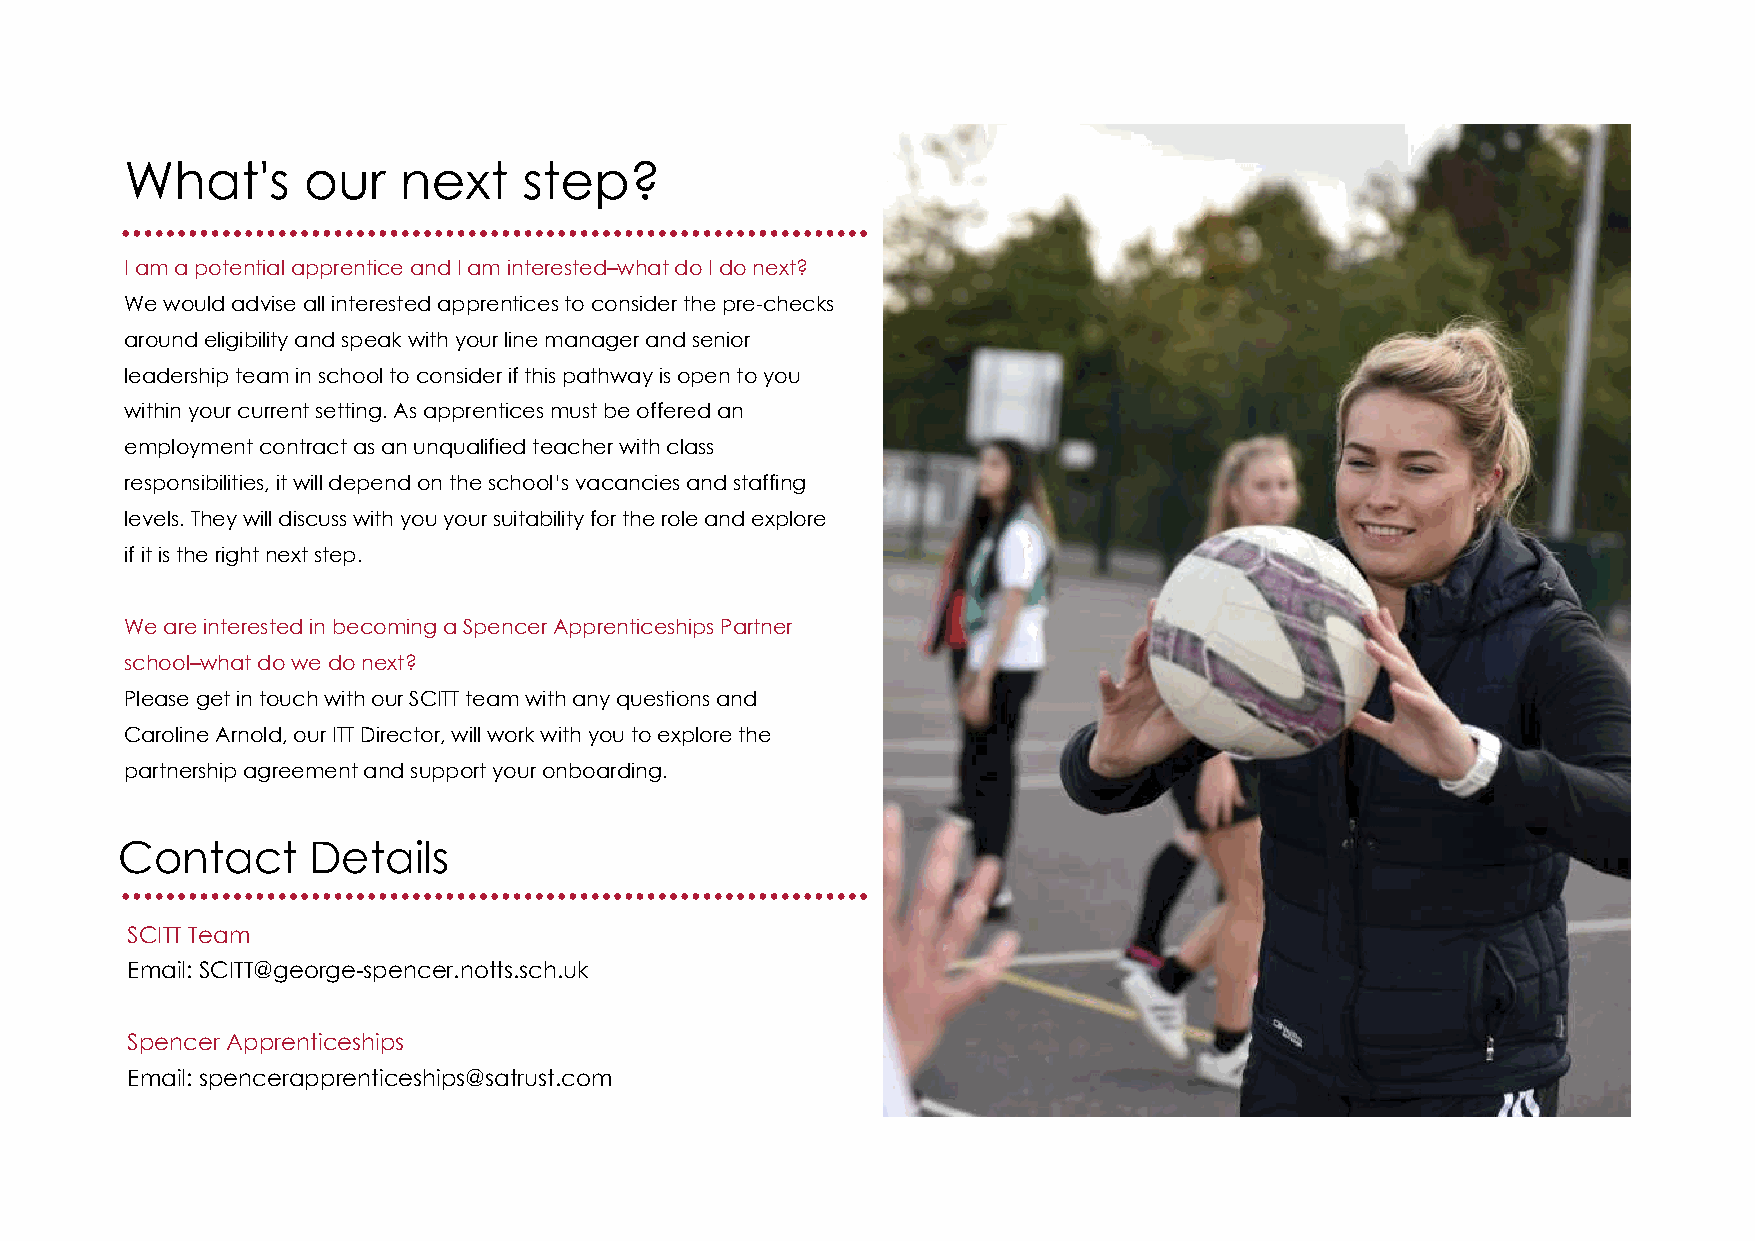
What's      our   next     step?
 ...................................................................
 I am a potential apprentice and I am interested–what do I do next?
 We would advise all interested apprentices to consider the pre-checks
 around eligibility and speak with your line manager and senior
 leadership team in school to consider if this pathway is open to you
 within your current setting. As apprentices must be offered an
 employment contract as an unqualified teacher with class
 responsibilities, it will depend on the school’s vacancies and staffing
 levels. They will discuss with you your suitability for the role and explore
 if it is the right next step.
 We are interested in becoming a Spencer Apprenticeships Partner
 school–what do we do next?
 Please get in touch with our SCITT team with any questions and
 Caroline Arnold, our ITT Director, will work with you to explore the
 partnership agreement and support your onboarding.
 Contact     Details
 ...................................................................
 SCITT Team
 Email: SCITT@george-spencer.notts.sch.uk
 Spencer Apprenticeships
 Email: spencerapprenticeships@satrust.com